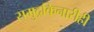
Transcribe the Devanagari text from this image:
समुद्रकिनारीही